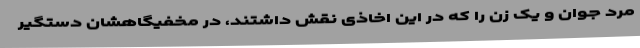
مرد جوان و یک زن را که در این اخاذی نقش داشتند، در مخفیگاهشان دستگیر